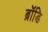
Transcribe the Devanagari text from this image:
ब्रॉडि